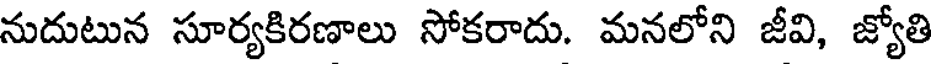
నుదుటున సూర్యకిరణాలు సోకరాదు. మనలోని జీవి, జ్యోతి